Civil Veterinary Dept. Bombay admin report 1923-31 - 1923-1931
Year: 1923
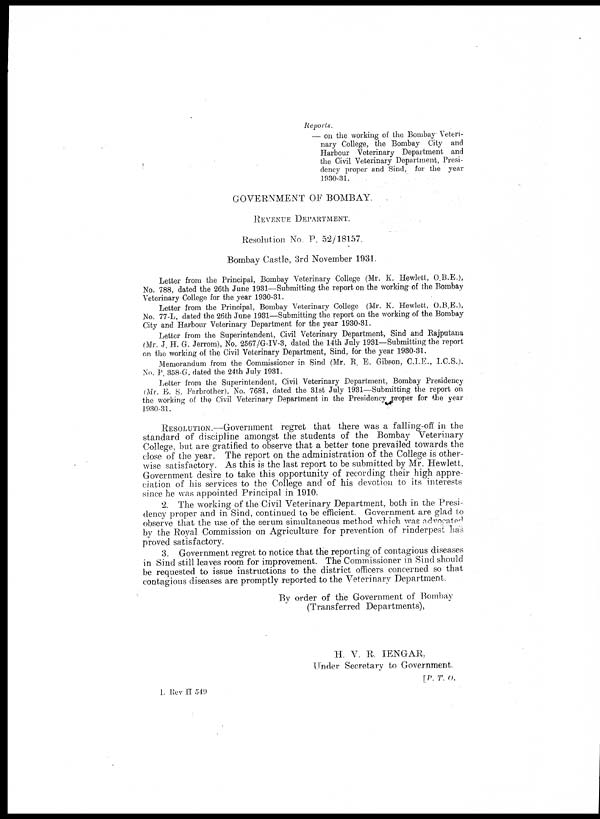
Reports.
— on the working of the Bombay Veteri-
nary College, the Bombay City and
Harbour Veterinary Department and
the Civil Veterinary Department, Presi-
dency proper and Sind, for the year
1930-31.
GOVERNMENT OF BOMBAY.
RAVENUE DEPARTMENT.
Resolution No. P. 52/18157.
Bombay Castle, 3rd November 1931.
Letter from the Principal, Bombay Veterinary College (Mr. K. Hewlett, O.B.E.),
No. 788, dated the 26th June 1931—Submitting the report on the working of the Bombay
Veterinary College for the year 1930-31.
Letter from the Principal, Bombay Veterinary College (Mr. K. Hewlett, O.B.E.),
No. 77-L, dated the 26th June 1931—Submitting the report on the working of the Bombay
City and Harbour Veterinary Department for the year 1930-31.
Letter from the Superintendent, Civil Veterinary Department, Sind and Rajputana
(Mr. J. H. G. Jerrom), No. 2567/G-IV-3, dated the 14th July 1931—Submitting the report
on the working of the Civil Veterinary Department, Sind, for the year 1930-31.
Memorandum from the Commissioner in Sind (Mr. R. E. Gibson, C.I.E., I.C.S.),
No. P. 358-G, dated the 24th July 1931.
Letter from the Superintendent, Civil Veterinary Department, Bombay Presidency
(Mr. E. S. Farbrother), No. 7681, dated the 31st July 1931—Submitting the report on
the working of the Civil Veterinary Department in the Presidency proper for the year
1930-31.
RESOLUTION.—Government regret that there was a falling-off in the
standard of discipline amongst the students of the Bombay Veterinary
College, but are gratified to observe that a better tone prevailed towards the
close of the year. The report on the administration of the College is other-
wise satisfactory. As this is the last report to be submitted by Mr. Hewlett,
Government desire to take this opportunity of recording their high appre-
ciation of his services to the College and of his devotion to its interests
since he was appointed Principal in 1910.
2. The working of the Civil Veterinary Department, both in the Presi-
dency proper and in Sind, continued to be efficient. Government are glad to
observe that the use of the serum simultaneous method which was advocated
by the Royal Commission on Agriculture for prevention of rinderpest has
proved satisfactory.
3. Government regret to notice that the reporting of contagious diseases
in Sind still leaves room for improvement. The Commissioner in Sind should
be requested to issue instructions to the district officers concerned so that
contagious diseases are promptly reported to the Veterinary Department.
By order of the Government of Bombay
(Transferred Departments),
H. V. R. IENGAR,
Under Secretary to Government.
[P. T. O.
L Rev H 549